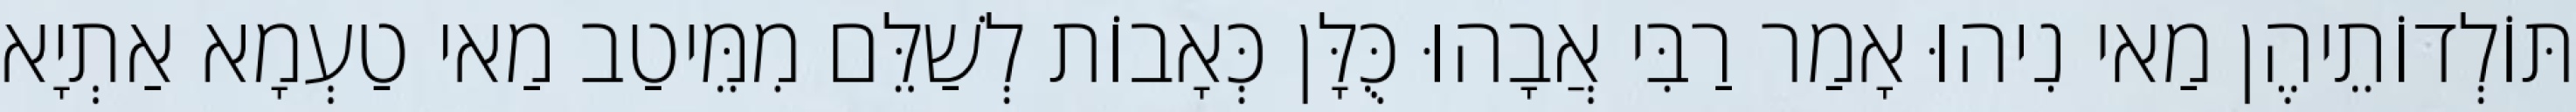
תּוֹלְדוֹתֵיהֶן מַאי נִיהוּ אָמַר רַבִּי אֲבָהוּ כֻּלָּן כְּאָבוֹת לְשַׁלֵּם מִמֵּיטַב מַאי טַעְמָא אַתְיָא